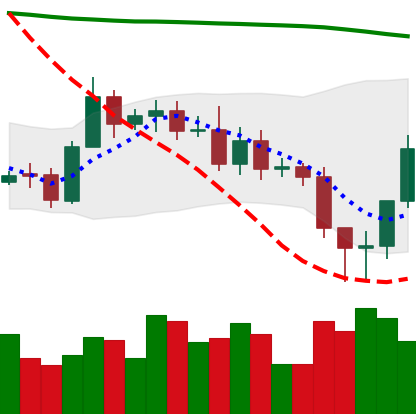
Ticker: ETC-USD
Chart end date: 2020-11-06
Forward return: -4.972%
Label: down_3_5